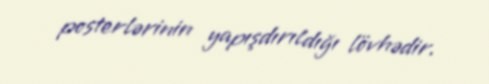
posterlərinin yapışdırıldığı lövhədir.